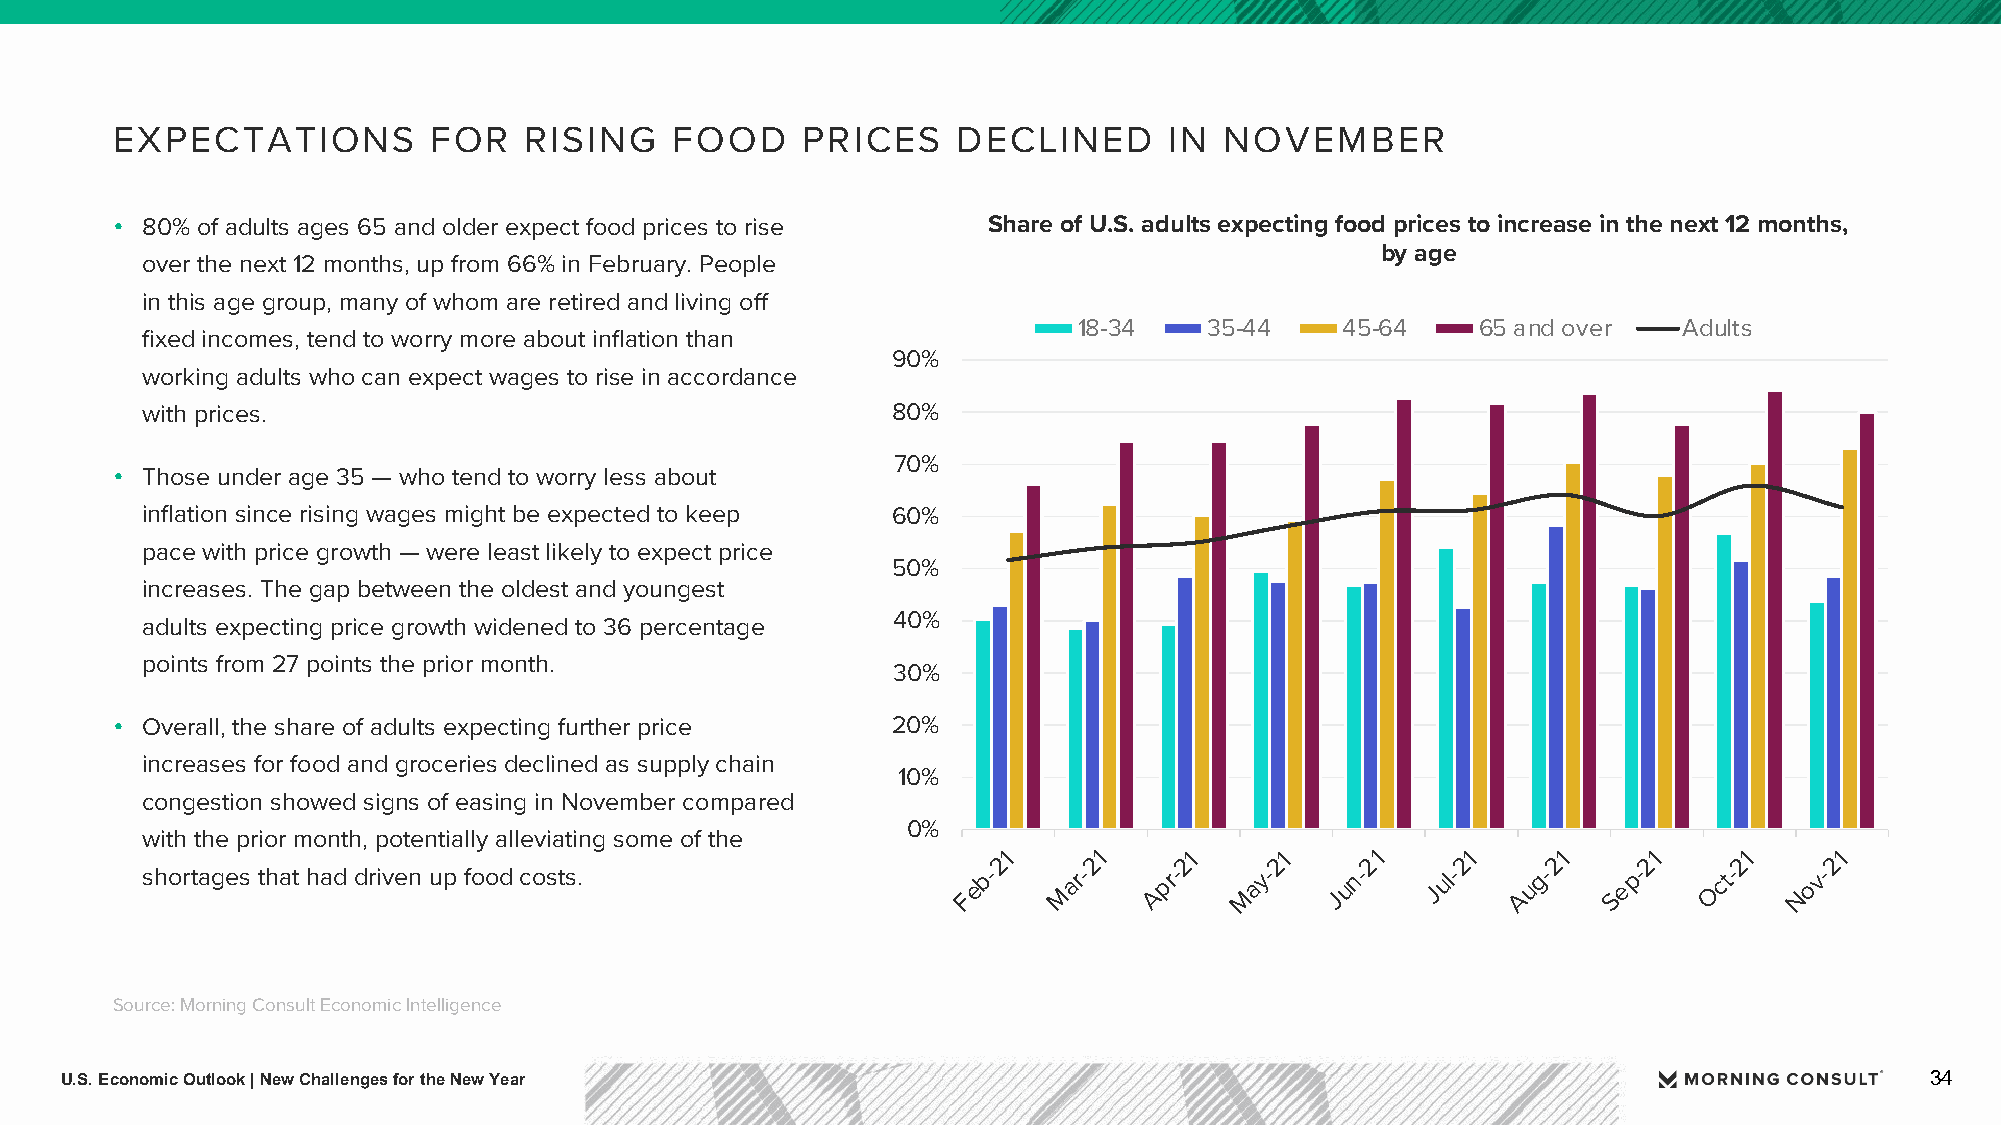
EXPECTATIONS          FOR   RISING    FOOD    PRICES    DECLINED      IN  NOVEMBER
 • 80% of adults ages 65 and older expect food prices to rise Share of U.S. adults expecting food prices to increase in the next 12 months,
 by age
 over the next 12 months, up from 66% in February. People
 in this age group, many of whom are retired and living off
 18-34    35-44    45-64    65 and over  Adults
 fixed incomes, tend to worry more about inflation than
 90%
 working adults who can expect wages to rise in accordance
 with prices.                                      80%
 70%
 • Those under age 35 — who tend to worry less about
 inflation since rising wages might be expected to keep 60%
 pace with price growth — were least likely to expect price
 50%
 increases. The gap between the oldest and youngest
 40%
 adults expecting price growth widened to 36 percentage
 points from 27 points the prior month.
 30%
 • Overall, the share of adults expecting further price 20%
 increases for food and groceries declined as supply chain
 10%
 congestion showed signs of easing in November compared
 0%
 with the prior month, potentially alleviating some of the
 21    21    21    21    21     21    21    21    21    21
 shortages that had driven up food costs.               Feb-
 M
 ar-  Apr-
 M
 ay-  Jun-   Jul- Aug-  Sep-   Oct-  Nov-
 Source: Morning Consult Economic Intelligence
 U.S. Economic Outlook | New Challenges for the New Year                                                                     34